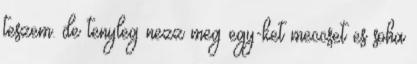
teszem. de tenyleg nezz meg egy-ket meccset es soha